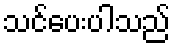
သင်ပေးပါသည်